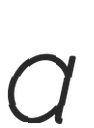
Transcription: a